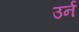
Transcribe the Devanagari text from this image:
उर्न